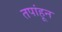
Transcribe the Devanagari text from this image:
तपांहून